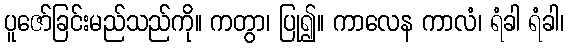
ပူဇော်ခြင်းမည်သည်ကို။ ကတွာ၊ ပြု၍။ ကာလေန ကာလံ၊ ရံခါ ရံခါ၊